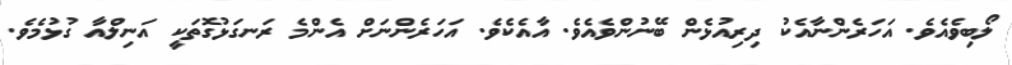
ލޯބިވެއެވެ. އަހަރެންނާއެކު ދިރިއުޅެން ބޭނުންވެއެވެ. އާއެކެވެ. އަހަރެންނަށް އެންމެ ރަނގަޅުގޮތަކީ އަނިލްއާ ގުޅުމެވެ.